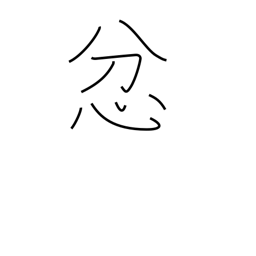
Meaning: be angry